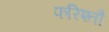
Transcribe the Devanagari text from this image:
फरिश्तौ